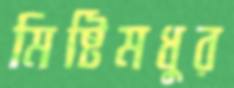
মিষ্টিমধুর